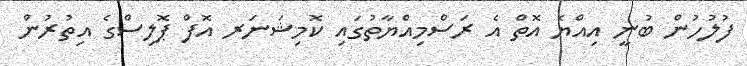
ފުލުހުން ބުނީ އިއްޔެ އޮތް އެ ރަސްމިއްޔާތުގައި ކޮމިޝަނަރ އޮފް ޕޮލިސްގެ އިތުރުން